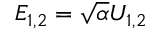
E _ { 1 , 2 } = \sqrt { \alpha } U _ { 1 , 2 }